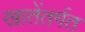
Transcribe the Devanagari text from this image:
खातेंतर्गत